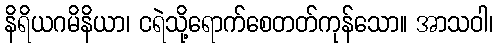
နိရိယဂမိနိယာ၊ ငရဲသို့ရောက်စေတတ်ကုန်သော။ အာသဝါ၊